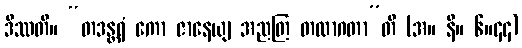
ဒိဿတိ။ “တဒန္တရံ ကော ဇာနေယျ အညတြ တထာဂတာ”တိ (အ။ နိ။ ၆။၄၄)